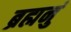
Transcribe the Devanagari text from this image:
ब्रह्मनुं